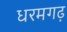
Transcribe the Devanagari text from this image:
धरमगढ़